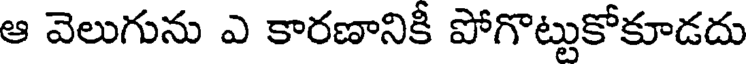
ఆ వెలుగును ఎ కారణానికీ పోగొట్టుకోకూడదు